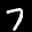
Label: 7